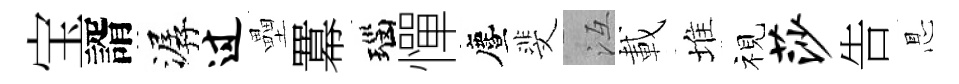
宝諝潺过壘羃瑙憚󵨌斐冱載堆视莎告㤙